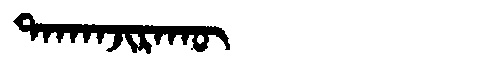
Manchu: ᡨᠠᡴᠠᠨᠵᡳᡵᠠᡴᡡ
Romanization: TAKANJIRAKŪ